kultuurilooline_kollektsioon, lk 16
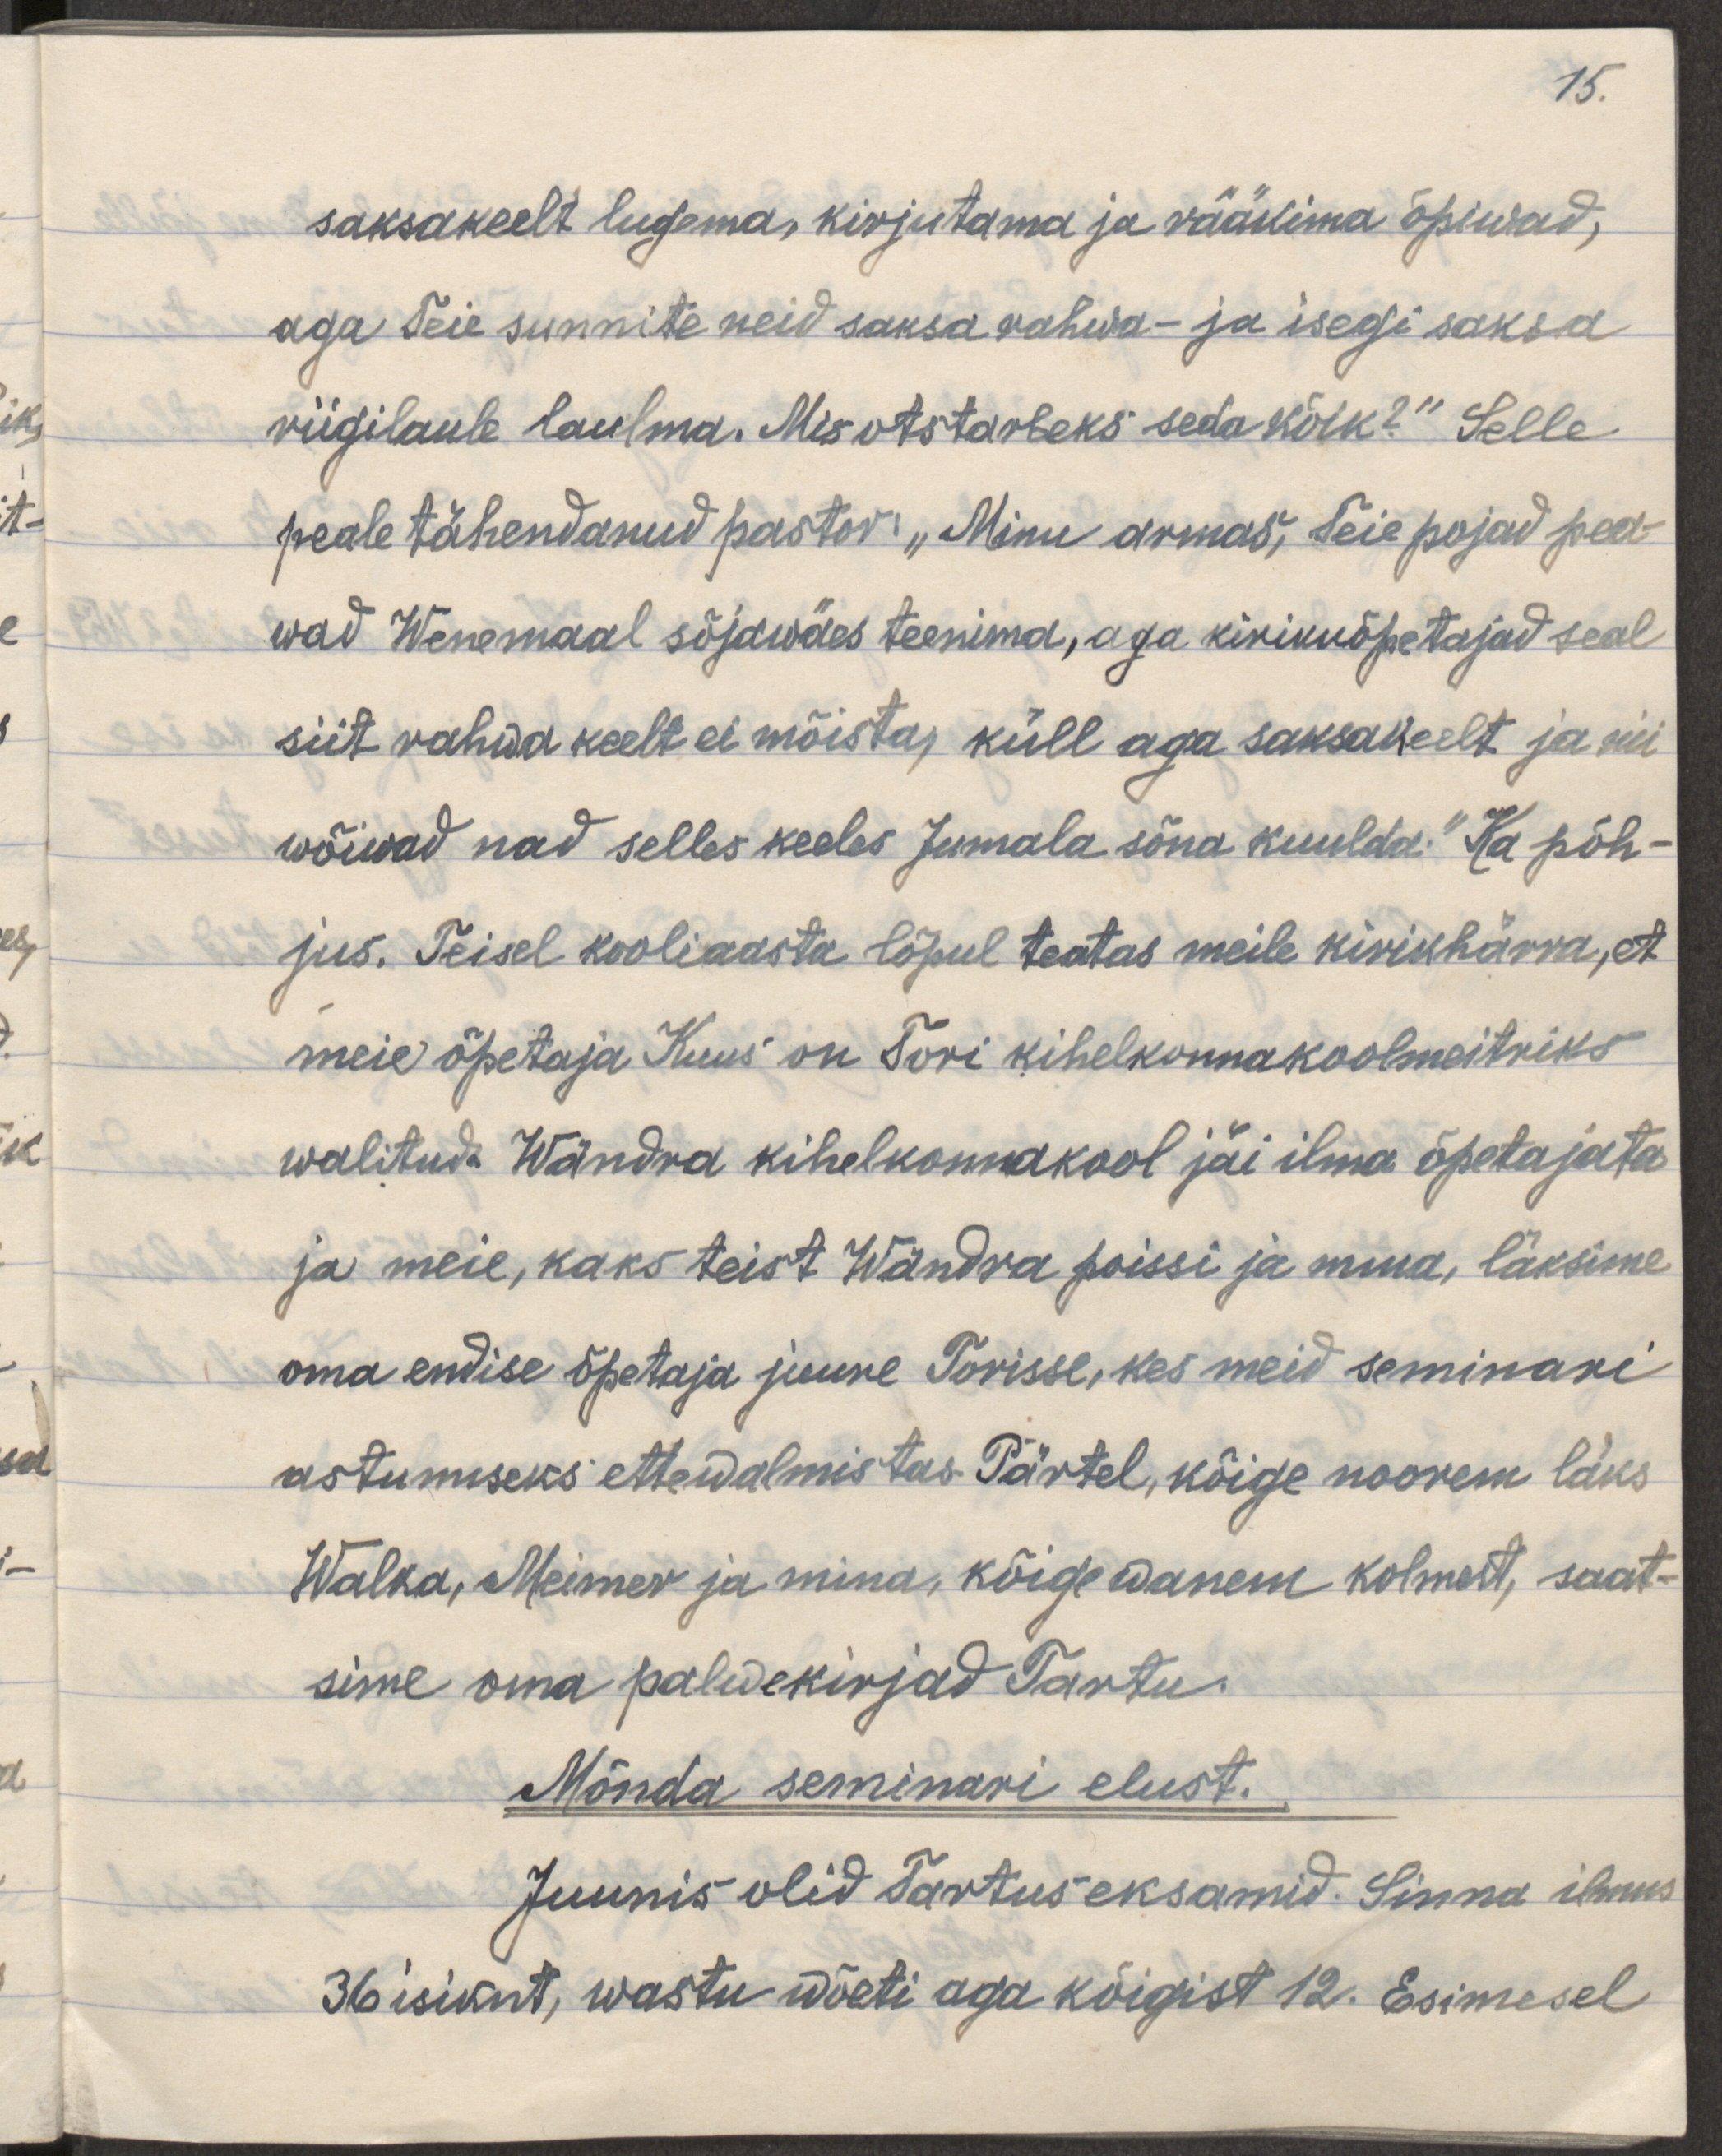
15.
saksakeelt lugema, kirjutama ja rääkima õpiwad,
aga Teie sunnite neid saksa rahwa- ja isegi saksa
riigilaule laulma. Mis otstarbeks seda kõik?" Selle
peale tähendanud pastor: "Minu armas, Teie pojad pea-
vad Wenemaal sõjawäes teenima, aga kirikuõpetajaid seal
siit rahwa keelt ei mõista, küll aga saksakeelt ja nii
wõiwad nad selles keeles Jumala sõna kuulda." Ka põh-
jus. Teisel kooliaasta lõpul teatas meile
kirikhärra, et
meie õpetaja Kuus on Tori kihelkonnakoolmeistriks
walitud. Wändra kihelkonnakool jäi ilma õpetajata,
ja meie, kaks teist Wändra poissi ja mina, läksime
oma endise õpetaja juure Torisse, kes meid seminari
astumiseks ettewalmistas. Pärtel, kõige noorem läks
Walka, Meimer ja mina, kõige wanem kolmest, saat-
sime oma palwekirjad Tartu.
Mõnda seminari elust.
Juunis olid Tartus eksamid, Sinna ilmus
36 isikut, wastu wõeti aga kõigist 12. Esimesel